Vital statistics of India. Vol. V, Reports of 1876 on armies & jails and on epidemic cholera
Year: 1876
Disease focus: Cholera
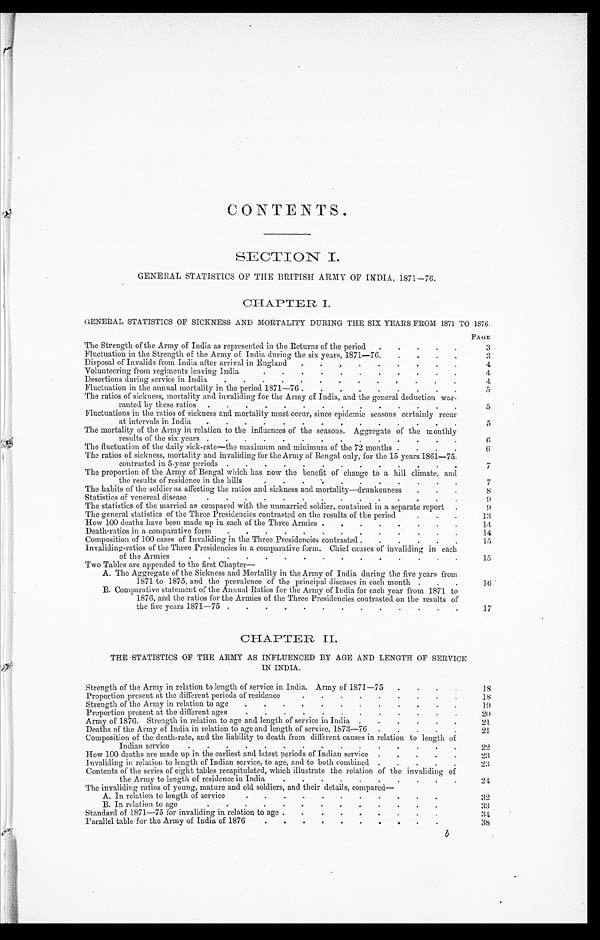
CONTENTS.
SECTION I.
GENERAL STATISTICS OP THE BRITISH ARMY OF INDIA, 1871–76.
CHAPTER I.
GENERAL STATISTICS OF SICKNESS AND MORTALITY DURING THE SIX YEARS FROM 1871 TO 1876.
PAGE
The Strength of the Army of India as represented in the Returns of the period . . .
3
Fluctuation in the Strength of the Army of India during the six years, 1871—76. . . .
3
Disposal of Invalids from India after arrival in England . . .
4
Volunteering from regiments leaving India . . .
4
Desertions during service in India . . .
4
Fluctuation in the annual mortality in the period 1871—76. . . .
5
The ratios of sickness, mortality and invaliding for the Army of India, and the general deduction war
-
ranted by these ratios . . .
5
Fluctuations in the ratios of sickness and mortality must occur, since epidemic seasons certainly recur
at intervals in India . . .
5
The mortality of the Army in relation to the influences of the seasons. Aggregate of the monthly
results of the six years . . .
6
The fluctuation of the daily sick-rate—the maximum and minimum of the 72 months . . .
6
The ratios of sickness, mortality and invaliding for the Army of Bengal only, for the 15 years 1861—75.
contrasted in 5-year periods . . .
7
The proportion of the Army of Bengal which has now the benefit of change to a hill climate, and
the results of residence in the hills . . .
7
The habits of the soldier as affecting the ratios and sickness and mortality—drunkenness . . .
8
Statistics of venereal disease . . .
9
The statistics of the married as compared with the unmarried soldier, contained in a separate report . . .
9
The general statistics of the Three Presidencies contrasted on the results of the period . . .
13
How 100 deaths have been made up in each of the Three Armies . . .
14
Death-ratios in a comparative form . . .
14
Composition of 100 cases of Invaliding in the Three Presidencies contrasted . . .
15
Invaliding-ratios of the Three Presidencies in a comparative form. Chief causes of invaliding in each
of the Armies . . .
15
Two Tables are appended to the first Chapter—
A. The Aggregate of the Sickness and Mortality in the Army of India during the five years from
1 8 7 1 t o 1 8 7 5 , a n d t h e p r e v a l e n c e o f t h e p r i n c i p a l d i s e a s e s i n e a c h m o n t h . . .
16
B. Comparative statement of the Annual Ratios for the Army of India for each year from 1871 to
1876, and the ratios for the Armies of the Three Presidencies contrasted. on the results of
the five years 1871—75 . . .
17
C H A P T E R I I .
THE STATISTICS OF THE ARMY AS INFLUENCED BY AGE AND LENGTH OF SERVICE
IN INDIA.
Strength of the Army in relation to length of service in India. Army of 1871—75 . . .
18
Proportion present at the different periods of residence . . .
18
Strength of the Army in relation to age . . .
19
Proportion present at the different ages . . .
2 0
Army of 1876. Strength in relation to age and length of service in India . . .
2 1
Deaths of the Army of India in relation to age and length of service, 1873–76 . . .
21
Composition of the death-rate, and the liability to death from different, causes in relation to length of
Indian service . . .
22
How 100 deaths are made up in the earliest and latest periods of Indian service . . .
2 3
Invaliding in relation to length of Indian service, to age, and to both combined . . .
2 3
Contents of the series of eight tables recapitulated, which illustrate the relation of the invaliding of
the Army to length of residence in India . . .
2 4
The invaliding ratios of young, mature and old soldiers, and their details, compared—
A. In relation to length of service . . .
32
B. In relation to age . . .
33
Standard of 1871—75 for invaliding in relation to age . . .
3 4
Parallel table for the Army of India of 1876 . . .
3 8